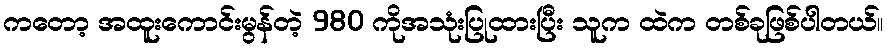
ကတော့ အထူးကောင်းမွန်တဲ့ 980 ကိုအသုံးပြုထားပြီး သူက ထဲက တစ်ခုဖြစ်ပါတယ်။